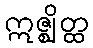
ဣဇ္ဈိတ္ထ